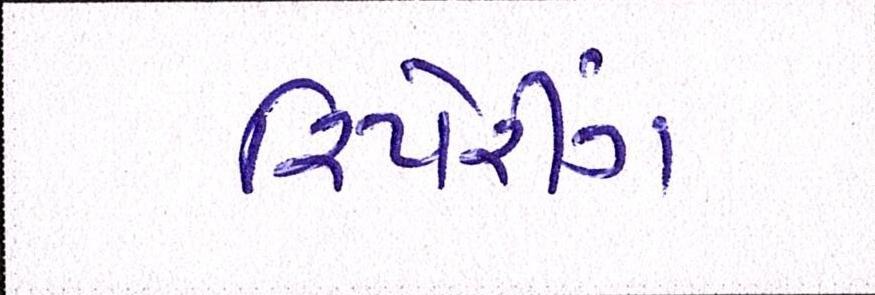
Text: રિપેરીંગ